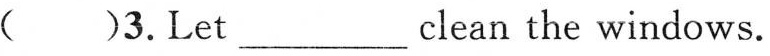
( )3.Let___clean the windows.